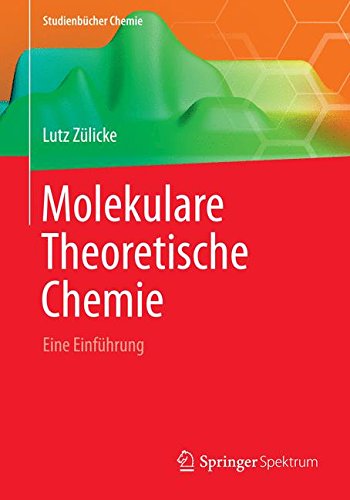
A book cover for Molekulare Theoretische Chemie: Eine EinfÃ¼hrung (StudienbÃ¼cher Chemie) (German Edition); Lutz ZÃ¼licke; Science & Math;